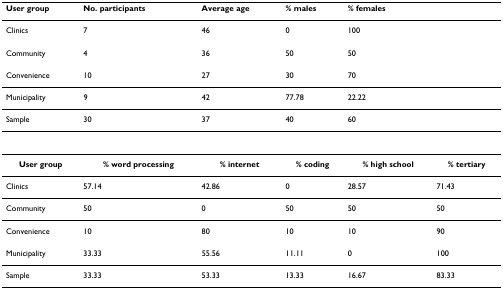
<table><thead><tr><td><b>User group</b></td><td><b>No. participants</b></td><td><b>Average age</b></td><td><b>% males</b></td><td><b>% females</b></td><td>[EMPTY_CELL]</td></tr></thead><tbody><tr><td>Clinics</td><td>7</td><td>46</td><td>0</td><td>100</td><td>[EMPTY_CELL]</td></tr><tr><td>Community</td><td>4</td><td>36</td><td>50</td><td>50</td><td>[EMPTY_CELL]</td></tr><tr><td>Convenience</td><td>10</td><td>27</td><td>30</td><td>70</td><td>[EMPTY_CELL]</td></tr><tr><td>Municipality</td><td>9</td><td>42</td><td>77.78</td><td>22.22</td><td>[EMPTY_CELL]</td></tr><tr><td>Sample</td><td>30</td><td>37</td><td>40</td><td>60</td><td>[EMPTY_CELL]</td></tr><tr><td><b>User group</b></td><td><b>% word processing</b></td><td><b>% internet</b></td><td><b>% coding</b></td><td><b>% high school</b></td><td><b>% tertiary</b></td></tr><tr><td>Clinics</td><td>57.14</td><td>42.86</td><td>0</td><td>28.57</td><td>71.43</td></tr><tr><td>Community</td><td>50</td><td>0</td><td>50</td><td>50</td><td>50</td></tr><tr><td>Convenience</td><td>10</td><td>80</td><td>10</td><td>10</td><td>90</td></tr><tr><td>Municipality</td><td>33.33</td><td>55.56</td><td>11.11</td><td>0</td><td>100</td></tr><tr><td>Sample</td><td>33.33</td><td>53.33</td><td>13.33</td><td>16.67</td><td>83.33</td></tr></tbody></table>